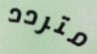
متردد